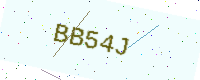
Text: BB54J